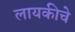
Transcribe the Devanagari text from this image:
लायकीचे